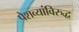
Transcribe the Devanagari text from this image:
पेशव्यांविरुद्ध